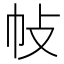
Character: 𢁵